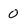
Character: 0